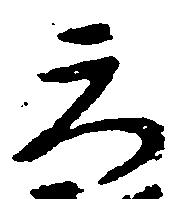
天